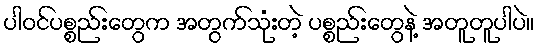
ပါဝင်ပစ္စည်းတွေက အတွက်သုံးတဲ့ ပစ္စည်းတွေနဲ့ အတူတူပါပဲ။